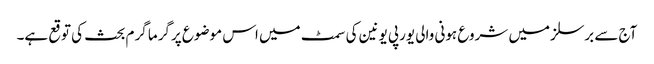
آج سے برسلز میں شروع ہونی والی یورپی یونین کی سمٹ میں اس موضوع پرگرما گرم بحث کی توقع ہے۔